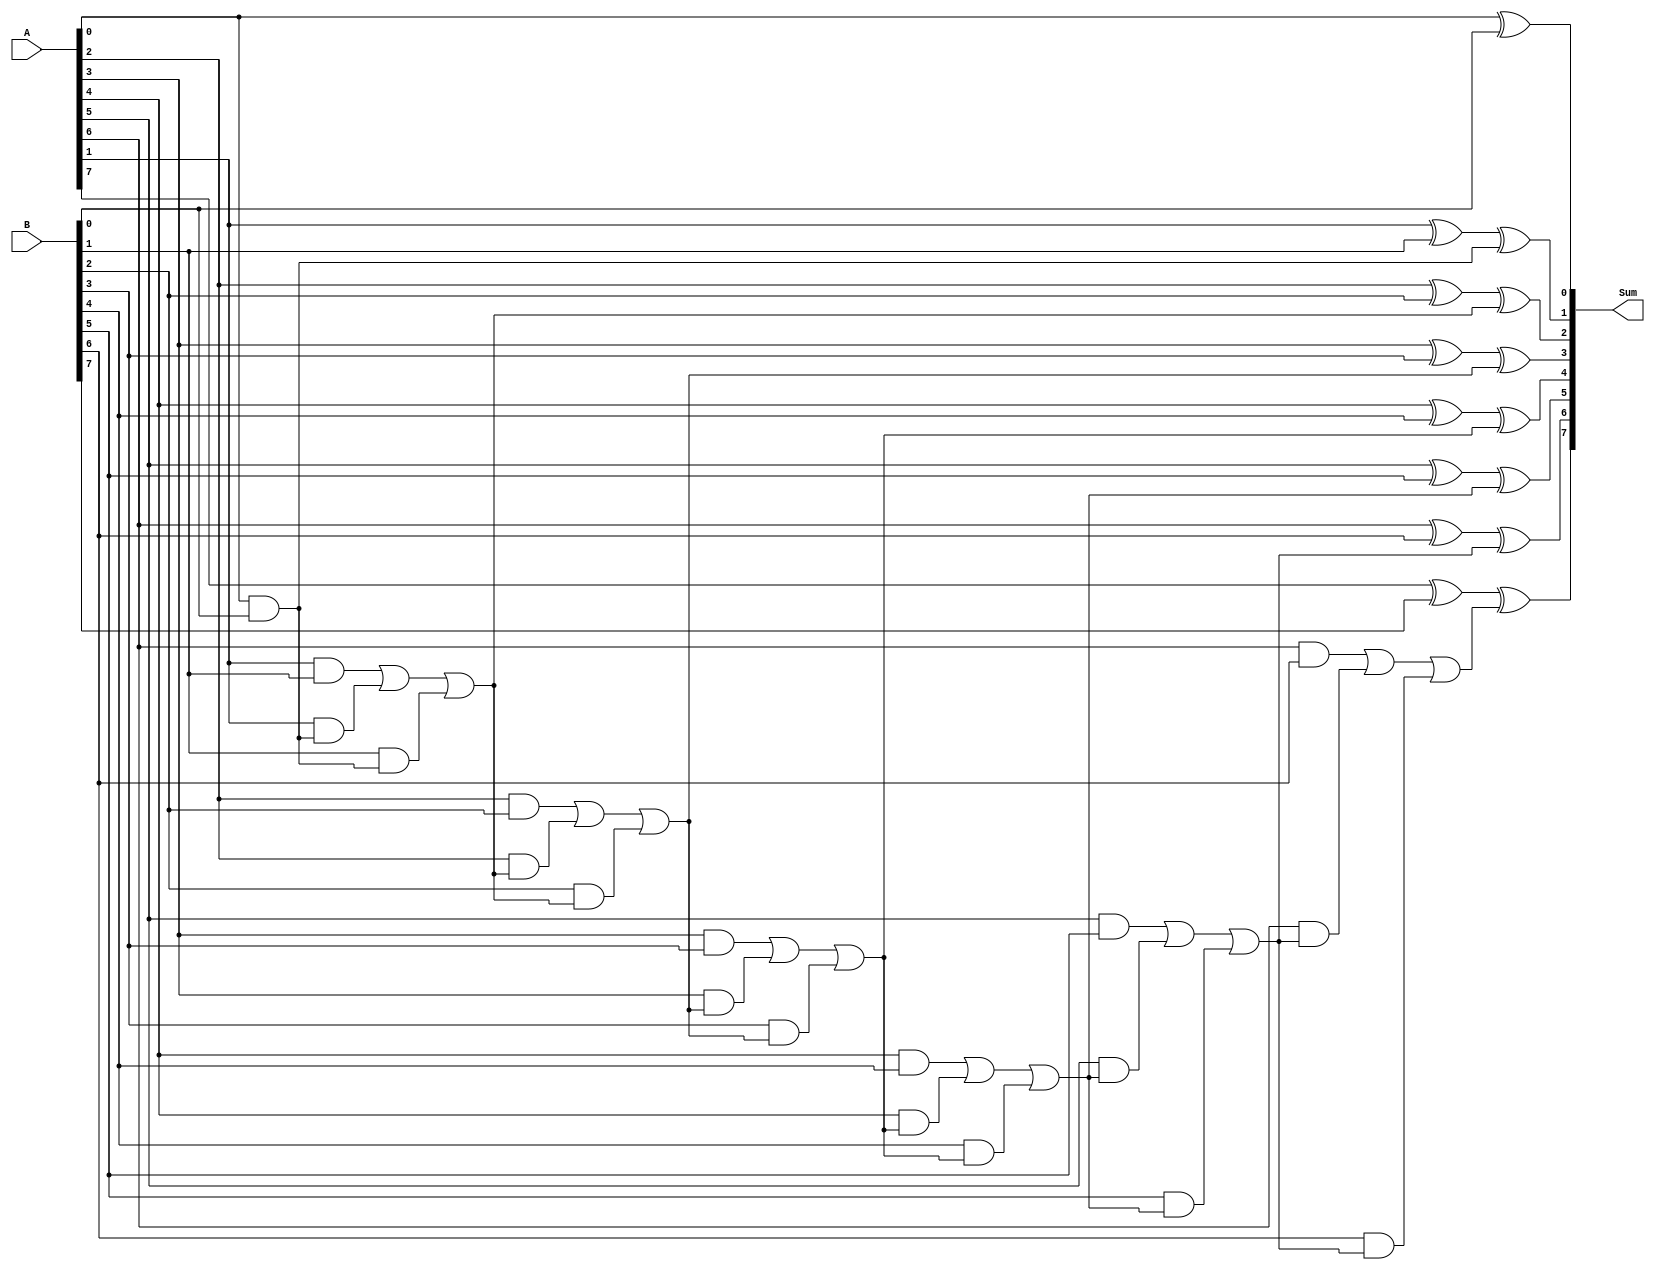
module carry_save_adder #(parameter BIT_WIDTH = 8)
(
    input wire [BIT_WIDTH-1:0] A,
    input wire [BIT_WIDTH-1:0] B,
    output wire [BIT_WIDTH-1:0] Sum
);

wire [BIT_WIDTH:0] C;
assign C[0] = 0;

genvar i;
generate
    for (i = 0; i < BIT_WIDTH; i = i + 1) begin
        assign C[i+1] = (A[i] & B[i]) | (A[i] & C[i]) | (B[i] & C[i]);
        assign Sum[i] = A[i] ^ B[i] ^ C[i];
    end
endgenerate

endmodule